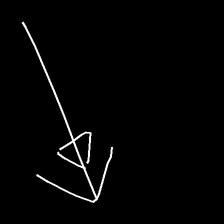
Glyph: pull